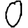
Digit: 0